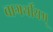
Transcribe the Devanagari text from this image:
वागर्थीयम्